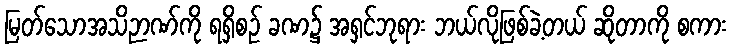
မြတ်သောအသိဉာဏ်ကို ရရှိစဉ် ခဏ၌ အရှင်ဘုရား ဘယ်လိုဖြစ်ခဲ့တယ် ဆိုတာကို စကား